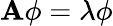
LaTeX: \mathbf{A}\phi=\lambda\phi